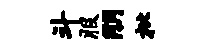
斗服朋枇